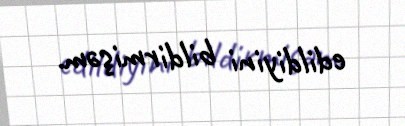
edildiyini bildirmişəm.